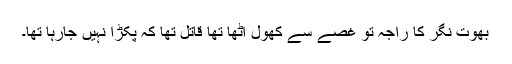
بھوت نگر کا راجہ تو غصے سے کھول اٹھا تھا قاتل تھا کہ پکڑا نہیں جارہا تھا۔